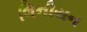
લિનીયન